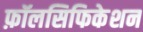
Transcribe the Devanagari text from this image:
फ़ॉलसिफिकेशन